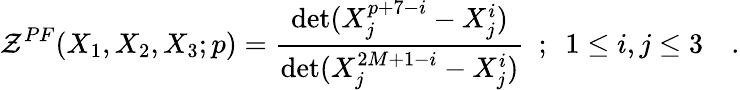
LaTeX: {\cal{Z}}^{PF}(X_{1},X_{2},X_{3};p)={\frac{\operatorname*{det}(X_{j}^{p+7-i}-X_{j}^{i})}{\operatorname*{det}(X_{j}^{2M+1-i}-X_{j}^{i})}}~~;~~1\le i,j\le 3~~~~.